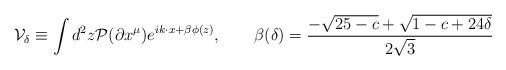
LaTeX: \begin{align*}{\cal V}_\delta \equiv \int d^2z {\cal P} (\partial x^\mu) e^{ik\cdot x + \beta\phi(z)},\qquad \beta(\delta ) ={-\sqrt{25-c}+\sqrt{1-c+24\delta }\over2\sqrt3}\end{align*}